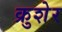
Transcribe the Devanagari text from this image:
क्रुशेर